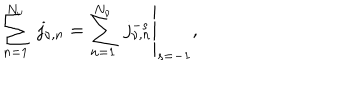
\sum _ { n = 1 } ^ { N _ { \nu } } \ j _ { \nu , n } = \left. \sum _ { n = 1 } ^ { N _ { \nu } } \ j _ { \nu , n } ^ { - s } \right| _ { s = - 1 } ,